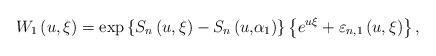
LaTeX: \begin{align*}W_{1}\left( {u,\xi }\right) =\exp \left\{ {S_{n}\left( {u,\xi }\right)-S_{n}\left( {u,}\alpha _{1}\right) }\right\} \left\{ {e^{u\xi }+\varepsilon_{n,1}\left( {u,\xi }\right) }\right\} , \end{align*}